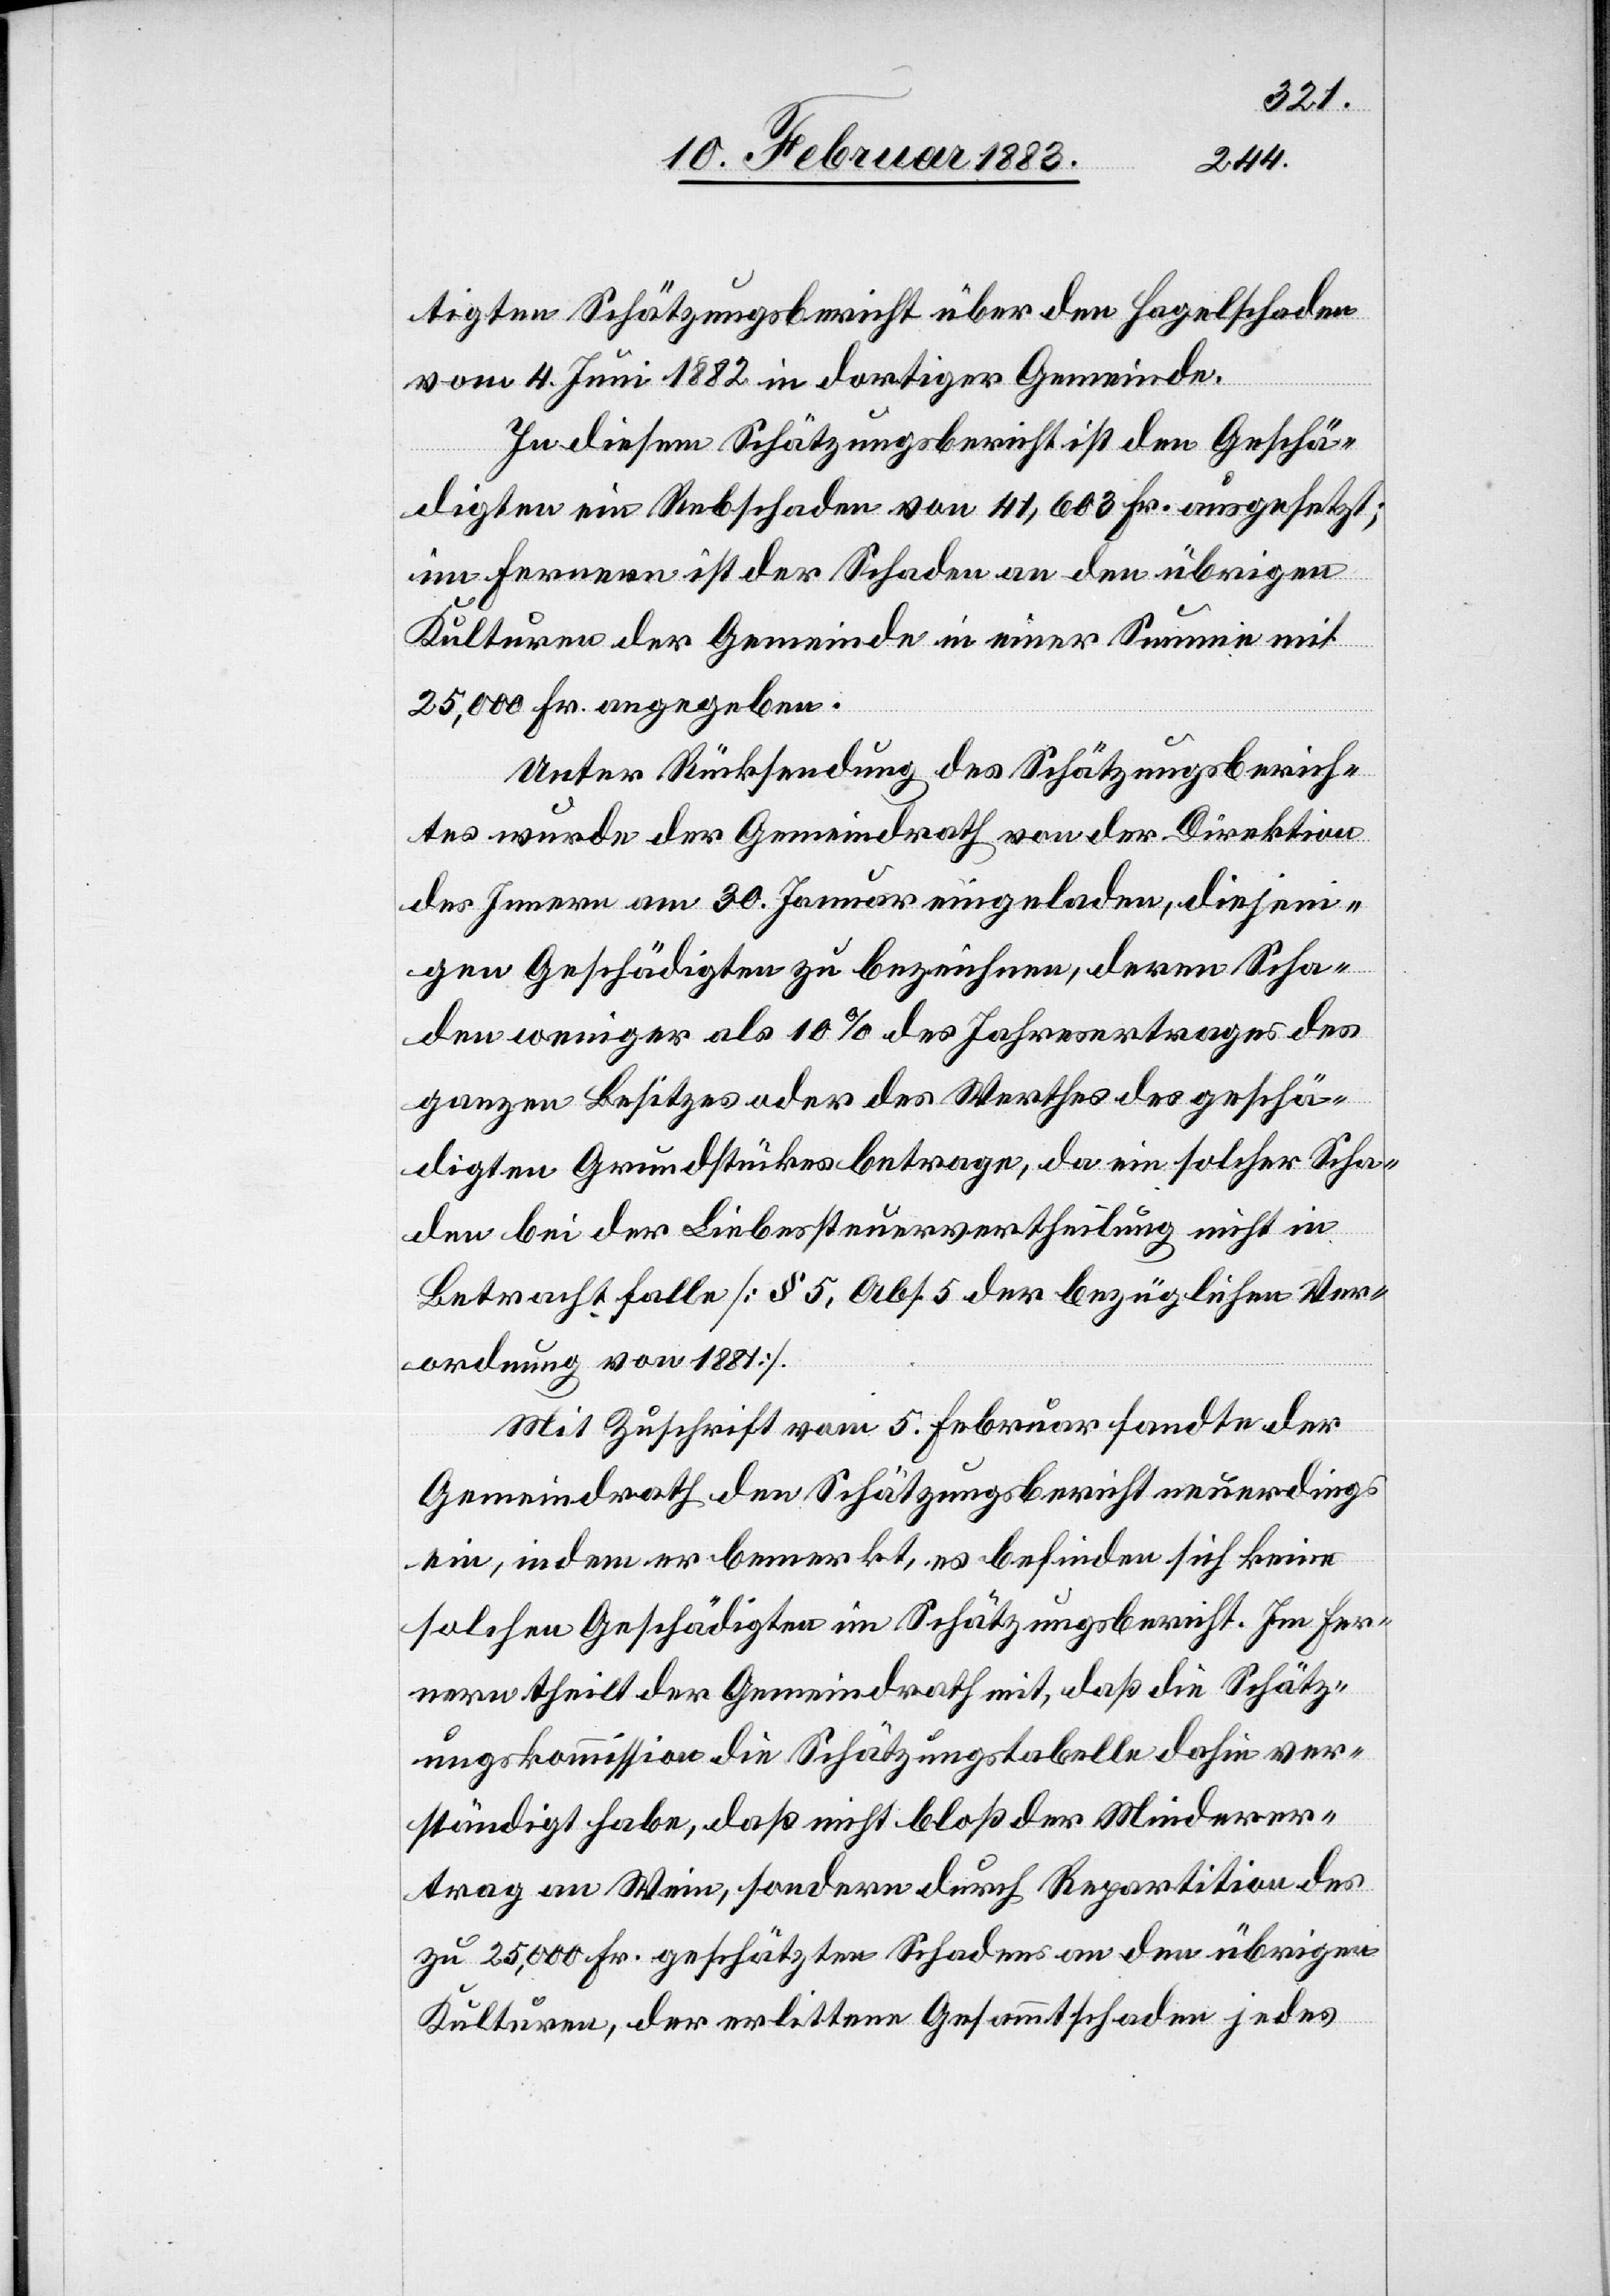
tigten Schätzungsbericht über den Hagelschaden
vom 4. Juni 1882 in dortiger Gemeinde.
In diesem Schätzungsbericht ist den Geschä¬
digten ein Rebschaden von 41,603 Fr. ausgesetzt;
im Fernern ist der Schaden an den übrigen
Kulturen der Gemeinde in einer Summe mit
r[vol¬
25,000 Fr. angegeben.
Unter Rücksendung des Schätzungsberich¬
tes wurde der Gemeindrath von der Direktion
des Innern am 30. Januar eingeladen, diejen¬
igen Geschädigten zu bezeichnen, deren Scha¬
den weniger als 10% des Jahresertrages des
ganzen Besitzes oder des Werthes des geschä¬
digten Grundstückes betrage, da ein solcher Scha¬
den bei der Liebessteuervertheilung nicht in
Betracht falle [§ 5 der bezüglichen Ver¬
ordnung von 1881].
Mit Zuschrift vom 5. Februar sandte der
Gemeindrath den Schätzungsbericht neuerdings
ein, indem er bemerkt, es befinden sich keine
solchen Geschädigten im Schätzungsbericht. Im Fer¬
nern theilt der Gemeindrath mit, daß die Schätz¬
ungskommission die Schätzungstabelle dahin ve¬
l]ständigt habe, daß nicht bloß der Minderer¬
trag am Wein, sondern durch Repartition des
zu 25,000 Fr. geschätzten Schadens an den übrigen
Kulturen, der erlittene Gesammtschaden jedes